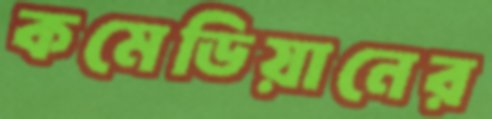
কমেডিয়ানের